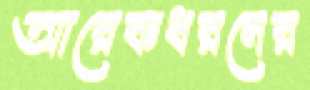
আরেকধরনের